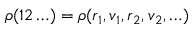
\rho ( 1 2 \ldots ) = \rho ( \boldsymbol { r } _ { 1 } , \boldsymbol { v } _ { 1 } , \boldsymbol { r } _ { 2 } , \boldsymbol { v } _ { 2 } , \ldots )